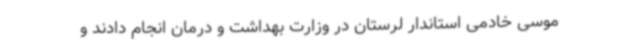
موسی خادمی استاندار لرستان در وزارت بهداشت و درمان انجام دادند و